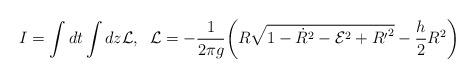
LaTeX: \begin{align*}I=\int dt \int dz {\cal L},\;\; {\cal L}= -\frac{1}{2\pi g}\bigg(R\sqrt{1-{\dot R}^2-{\cal E}^2 + {R^{\prime}}^2} -\frac{h}{2}R^2\bigg)\end{align*}